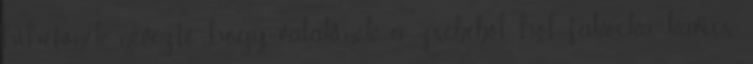
hihetőnek nevezte, hogy valakinek a zsebéből hol fakocka, kavics